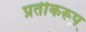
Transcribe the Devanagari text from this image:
प्रतीकरूप